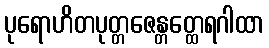
ပုရောဟိတပုတ္တဇေန္တတ္ထေရဂါထာ